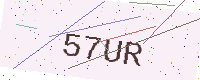
Text: 57UR